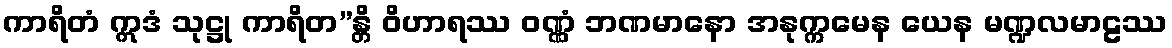
ကာရိတံ ဣဒံ သုဋ္ဌု ကာရိတ”န္တိ ဝိဟာရဿ ဝဏ္ဏံ ဘဏမာနော အနုက္ကမေန ယေန မဏ္ဍလမာဠဿ